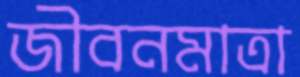
জীবনমাত্রা